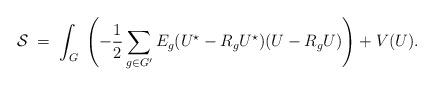
LaTeX: \begin{align*}{\cal S} \; = \; \int_G \; \left( - \frac{1}{2}\sum_{g \in G'} E_g (U^\star - R_g U^\star) ( U - R_g U) \right) + V(U).\end{align*}